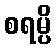
စရမ္ပိ